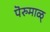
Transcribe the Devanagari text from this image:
पॆरुमाळ्